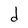
Character: d